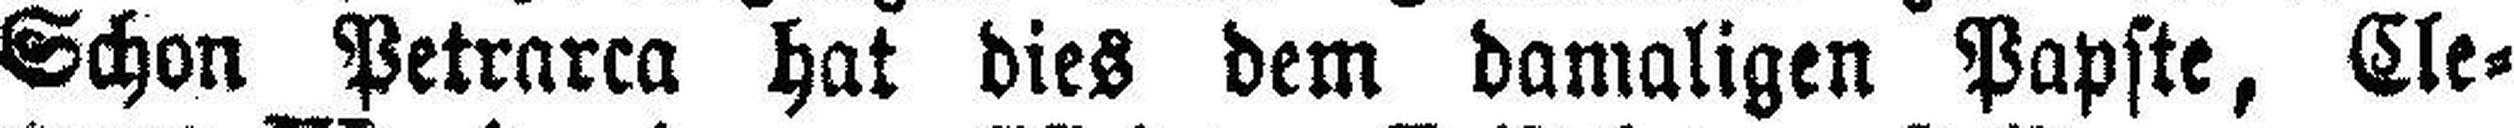
Schon Petrarca hat dies dem damaligen Papste, Cle¬